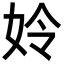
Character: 姈